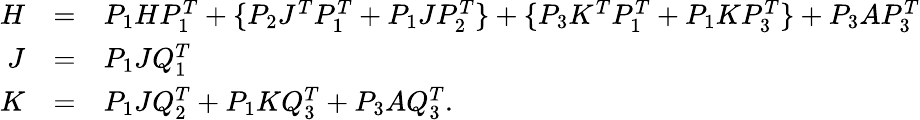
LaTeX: \begin{array}{rcl}{H}&{=}&{P_{1}HP_{1}^{T}+\{ P_{2}J^{T}P_{1}^{T}+P_{1}JP_{2}^{T}\} +\{ P_{3}K^{T}P_{1}^{T}+P_{1}KP_{3}^{T}\} +P_{3}AP_{3}^{T}}\\ {J}&{=}&{P_{1}JQ_{1}^{T}}\\ {K}&{=}&{P_{1}JQ_{2}^{T}+P_{1}KQ_{3}^{T}+P_{3}AQ_{3}^{T}.}\end{array}